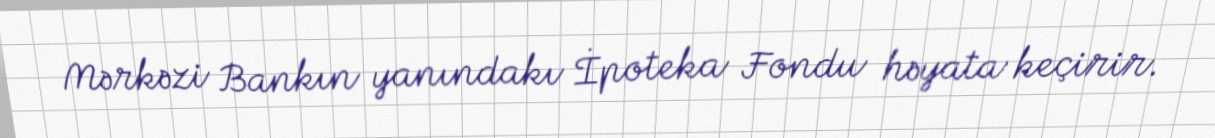
Mərkəzi Bankın yanındakı İpoteka Fondu həyata keçirir.